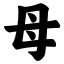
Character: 母